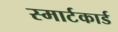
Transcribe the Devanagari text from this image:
स्मार्टकार्ड